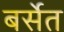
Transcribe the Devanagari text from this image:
बर्सेत